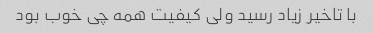
با تاخیر زیاد رسید ولی کیفیت همه چی خوب بود